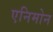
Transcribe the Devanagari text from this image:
एनिमोन